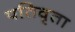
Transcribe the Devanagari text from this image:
पतिवृता